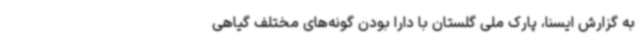
به گزارش ایسنا، پارک ملی گلستان با دارا بودن گونه‌های مختلف گیاهی